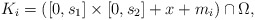
\begin{align*}K_{i}=\left( \left[ 0,s_{1}\right] \times\left[ 0,s_{2}\right]+x+m_{i}\right) \cap\Omega,\end{align*}